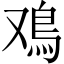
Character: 鳮